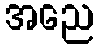
အညေ